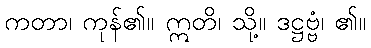
ကတာ၊ ကုန်၏။ ဣတိ၊ သို့။ ဒဋ္ဌဗ္ဗံ၊ ၏။